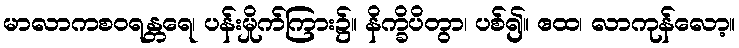
မာလာကစဝရန္တရေ၊ ပန်းမှိုက်ကြား၌။ နိက္ခိပိတွာ၊ ပစ်၍။ ဧထ၊ လာကုန်လော့။